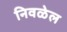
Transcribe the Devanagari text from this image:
निवळेल